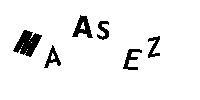
MAASEZ